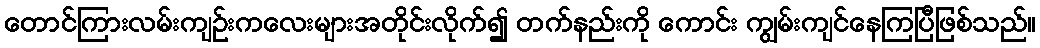
တောင်ကြားလမ်းကျဉ်းကလေးများအတိုင်းလိုက်၍ တက်နည်းကို ကောင်း ကျွမ်းကျင်နေကြပြီဖြစ်သည်။